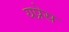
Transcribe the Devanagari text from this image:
यप्रेस